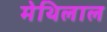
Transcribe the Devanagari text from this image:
मेथिलाल